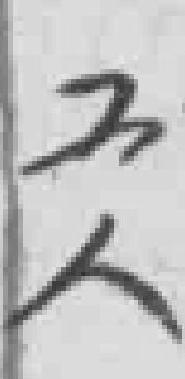
工人